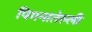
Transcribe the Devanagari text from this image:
पिगनातेल्ली